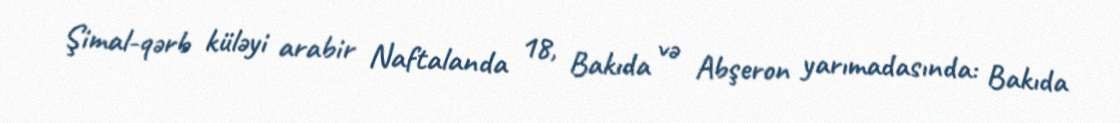
Şimal-qərb küləyi arabir Naftalanda 18, Bakıda və Abşeron yarımadasında: Bakıda